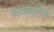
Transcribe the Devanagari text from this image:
चित्रपटसंगीत